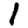
Digit: 1